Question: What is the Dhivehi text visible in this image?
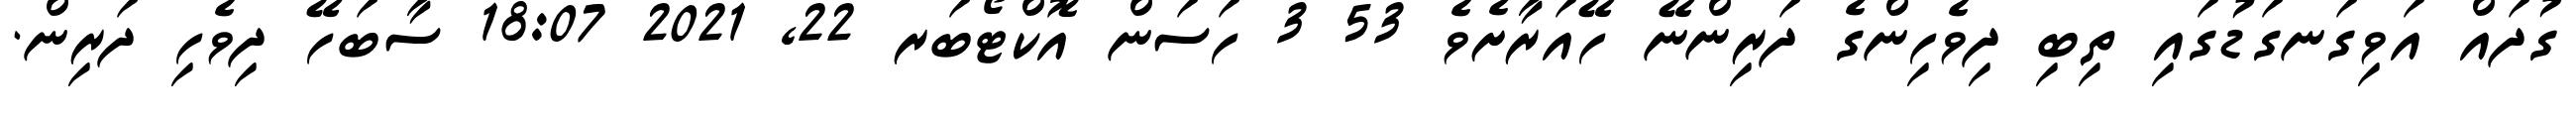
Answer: ގުދައް އަވިގަނގަޑުގައި ތިބި ދިވެހިންގެ ދަރިންނޭ ހޭއަރާށެވެ 53 3 ހަސަން އޮކްޓޯބަރ 22, 2021 18:07 ސާބަހޭ ދިވެހި ދަރިން.